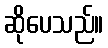
ဆိုပေသည်။